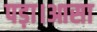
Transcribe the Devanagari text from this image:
पड़ा।आसा